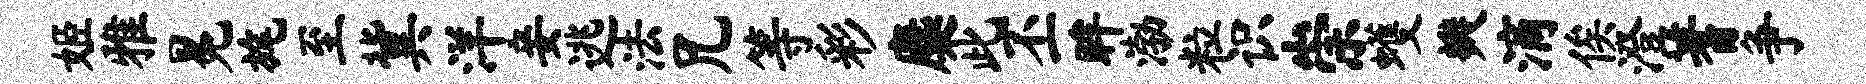
姬雅冕旄至冀洋妾逃法兄等彩麋此丕眸渤粒识崇蠖瓣滴俟澄蓍争